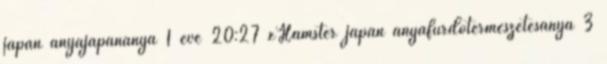
japán anyajapánanya 1 éve 20:27 xHamster japán anyafürdőtermészetesanya 3